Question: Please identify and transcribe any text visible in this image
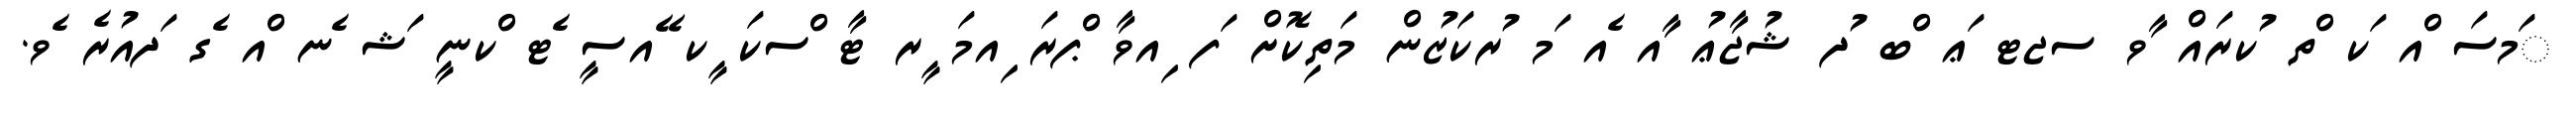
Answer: ަމސަ ްއ ަކ ްތ ުކރައް ާވ ސޖޓ ަޢ ްބ ުދ ޝުޖާޢު ާއ ެއ ަމ ުރކަޒުން މަތިކޮށް ަފ ިއވާ ްޕރަ ިއމަ ީރ ޓާ ްސކަ ީކ ޭއސީ ެޓ ްކނީ ަޝ ެނ ްއ ެގ ަދއުރެ ެވ.